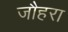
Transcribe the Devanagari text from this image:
जौहरा